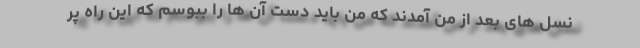
نسل های بعد از من آمدند که من باید دست آن ها را ببوسم که این راه پر